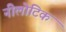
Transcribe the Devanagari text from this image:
नीलोटिक